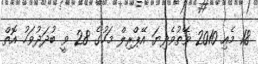
18 މެއި 2010 ވޭތުވެދިޔަ އޭޕްރިލް މަހުގެ 28 ވީ ބުދަދުވަހު އޮތް